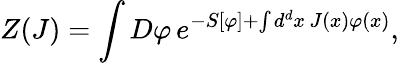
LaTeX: Z(J)=\int D\varphi\, e^{-S[\varphi]+\int d^{d}x\, J(x)\varphi(x)},